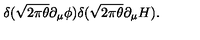
\delta ( \sqrt { 2 \pi \theta } \partial _ { \mu } \phi ) \delta ( \sqrt { 2 \pi \theta } \partial _ { \mu } H ) .